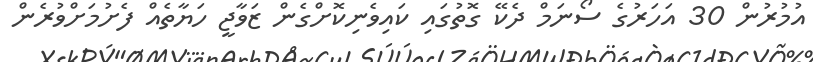
އުމުރުން 30 އަހަރުގެ ސޯނަމް ދެކޭ ގޮތުގައި ކައިވެނިކޮށްގެން ޒަވާޖީ ހަޔާތެއް ފެށުމަށްވުރެން